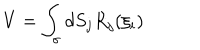
LaTeX: V = \int _ { \sigma } d S _ { j } R _ { j } ( \xi _ { i } )